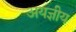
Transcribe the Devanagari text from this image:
अयज्ञीय